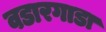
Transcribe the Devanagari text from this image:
वडारगाडा